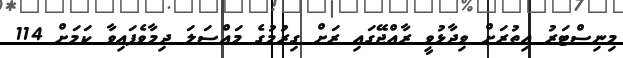
މިނިސްޓަރު އިތުރަށް ވިދާޅުވީ ރާއްޖޭގައި ރަށް ގިރުމުގެ މައްސަލަ ދިމާވެފައިވާ ކަަމަށް 114